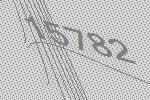
15782